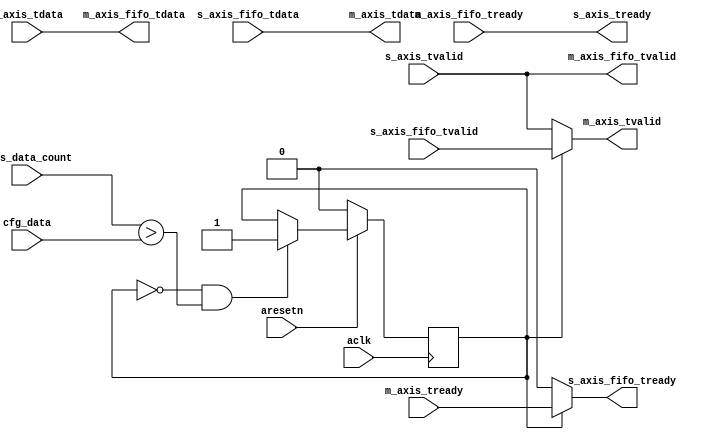
module axis_delay #
(
  parameter integer AXIS_TDATA_WIDTH = 32,
  parameter integer CNTR_WIDTH = 32
)

(
  // System signals
  input  wire                        aclk,
  input  wire                        aresetn,

  input  wire [CNTR_WIDTH-1:0]       cfg_data,
  input  wire [CNTR_WIDTH-1:0]       axis_data_count,  

  // Slave side
  output wire                        s_axis_tready,
  input  wire [AXIS_TDATA_WIDTH-1:0] s_axis_tdata,
  input  wire                        s_axis_tvalid,



  // Master side
  input  wire                        m_axis_tready,
  output wire [AXIS_TDATA_WIDTH-1:0] m_axis_tdata,
  output wire                        m_axis_tvalid,

  // Slave side
  output wire                        s_axis_fifo_tready,
  input  wire [AXIS_TDATA_WIDTH-1:0] s_axis_fifo_tdata,
  input  wire                        s_axis_fifo_tvalid,

  // Master side
  input  wire                        m_axis_fifo_tready,
  output wire [AXIS_TDATA_WIDTH-1:0] m_axis_fifo_tdata,
  output wire                        m_axis_fifo_tvalid
);

  reg int_enbl_reg, int_enbl_next;
  wire int_comp_wire;

  assign int_comp_wire = axis_data_count > cfg_data;

  always @(posedge aclk)
  begin
    if(~aresetn)
    begin
      int_enbl_reg <= 1'b0;
    end
    else
    begin
      int_enbl_reg <= int_enbl_next;
    end
  end

 
  always @*
  begin
    int_enbl_next = int_enbl_reg;
    if( ~int_enbl_reg & int_comp_wire)
    begin
       int_enbl_next = 1'b1;
    end
  end

  assign m_axis_fifo_tvalid = s_axis_tvalid;
  assign s_axis_tready = m_axis_fifo_tready;
  assign m_axis_tvalid = int_enbl_reg ? s_axis_fifo_tvalid : s_axis_tvalid;
  assign s_axis_fifo_tready = int_enbl_reg ? m_axis_tready : 1'b0;
  assign m_axis_fifo_tdata=s_axis_tdata;
  assign m_axis_tdata=s_axis_fifo_tdata;

endmodule